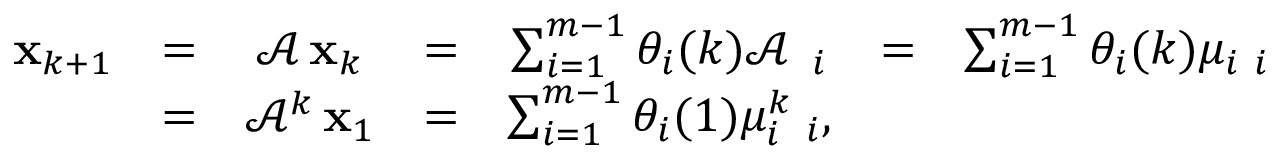
\begin{array} { c c c c c c c } { { \bf x } _ { k + 1 } } & { = } & { \mathcal { A } \, { \bf x } _ { k } } & { = } & { \sum _ { i = 1 } ^ { m - 1 } \theta _ { i } ( k ) \mathcal { A } \, { \bf \phi } _ { i } } & { = } & { \sum _ { i = 1 } ^ { m - 1 } \theta _ { i } ( k ) \mu _ { i } { \bf \phi } _ { i } } \\ & { = } & { \mathcal { A } ^ { k } \, { \bf x } _ { 1 } } & { = } & { \sum _ { i = 1 } ^ { m - 1 } \theta _ { i } ( 1 ) \mu _ { i } ^ { k } { \bf \phi } _ { i } \mathrm { , } } \end{array}